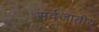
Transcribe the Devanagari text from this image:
सर्वजातीय